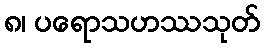
၈၊ ပရောသဟဿသုတ်